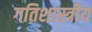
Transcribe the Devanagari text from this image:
गतिशास्त्रीय